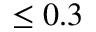
\leq 0 . 3